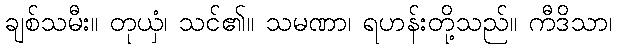
ချစ်သမီး။ တုယှံ၊ သင်၏။ သမဏာ၊ ရဟန်းတို့သည်။ ကီဒိသာ၊